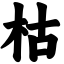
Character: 枯